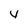
Character: 4